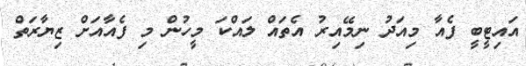
އައިޓީބީ ފެއާ މިއަދު ނިމޭއިރު އެތައް ލައްކަ މީހުން މި ފެއާއަށް ޒިޔާރަތް